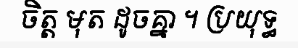
ចិត្ត មុត ដូចគ្នា ។ ប្រយុទ្ធ